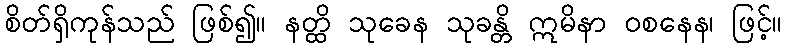
စိတ်ရှိကုန်သည် ဖြစ်၍။ နတ္ထိ သုခေန သုခန္တိ ဣမိနာ ဝစနေန၊ ဖြင့်။